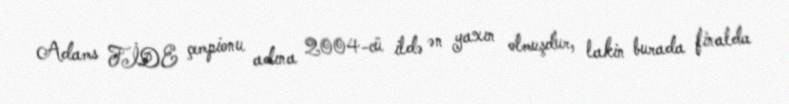
Adams FİDE çempionu adına 2004-cü ildə ən yaxın olmuşdur, lakin burada finalda